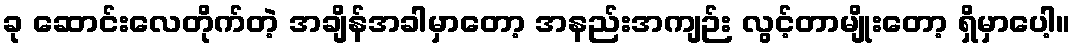
ခု ဆောင်းလေတိုက်တဲ့ အချိန်အခါမှာတော့ အနည်းအကျဉ်း လွင့်တာမျိုးတော့ ရှိမှာပေါ့။